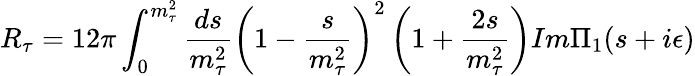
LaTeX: R_{\tau}=12\pi\int_{0}^{m_{\tau}^{2}}\frac{ds}{m_{\tau}^{2}}\left(1-\frac{s}{m_{\tau}^{2}}\right)^{2}\left(1+\frac{2s}{m_{\tau}^{2}}\right)Im\Pi_{1}(s+i\epsilon)